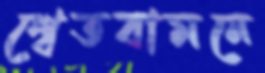
শ্বেতবামনে